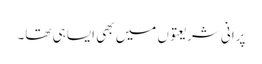
پرانی شریعتوں میں بھی ایسا ہی تھا۔